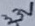
Text: 3.3V